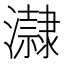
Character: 𤃀